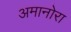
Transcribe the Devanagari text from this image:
अमानोरा